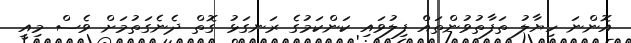
އޮންނަ ހިޔާލު ތަފާތުވުންތައް ފިލުވައި ކަންކަމުގެ ރަނގަޅު ގޮތް ދެނެގަތުމަށް ވެސް މިއީ